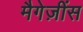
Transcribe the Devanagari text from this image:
मैगेज़ींस